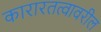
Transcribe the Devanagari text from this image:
कारारतत्वावरील